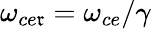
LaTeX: \omega_{ce\mathfrak{r}}=\omega_{ce}/\gamma